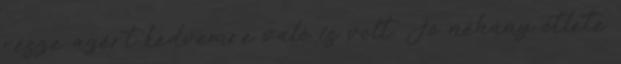
része azért kedvemre való is volt. Jó néhány ötlete